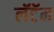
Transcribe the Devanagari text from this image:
लॅटॅम